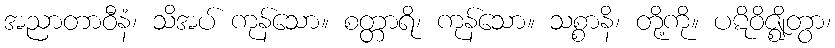
အညာတာဝီနံ၊ သိအပ် ကုန်သော။ စတ္တာရိ၊ ကုန်သော။ သစ္စာနိ၊ တို့ကို။ ပဋိဝိဇ္ဈိတွာ၊